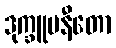
ဒုက္ခူပနီတော